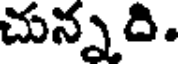
చున్నది.